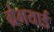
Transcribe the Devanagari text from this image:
ग्रेभयार्ड